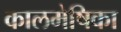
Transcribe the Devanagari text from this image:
कालमेषिका